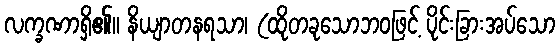
လက္ခဏာရှိ၏။ နိယျာတနရသာ၊ (ထိုတခုသောဘဝဖြင့် ပိုင်းခြားအပ်သော